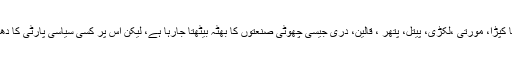
اترپردیش کا کپڑا، مورتی ،لکڑی، پیتل، پتھر ، قالین، دری جیسی چھوٹی صنعتوں کا بھٹہ بیٹھتا جارہا ہے، لیکن اس پر کسی سیاسی پارٹی کا دھیان نہیںہے۔